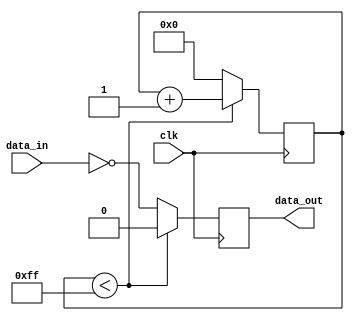
module NOR_Gate_Delay(
    input wire data_in,
    input wire clk,
    output reg data_out
);

reg [7:0] delay_count;

always @(posedge clk) begin
    if(delay_count < 8'd255) begin
        delay_count <= delay_count + 1;
        data_out <= 1'b0;
    end
    else begin
        delay_count <= 8'd0;
        data_out <= ~data_in;
    end
end

endmodule